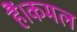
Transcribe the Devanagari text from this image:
हैं।कमल